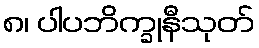
၈၊ ပါပဘိက္ခုနီသုတ်